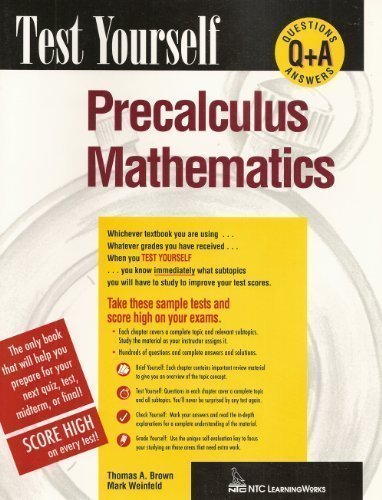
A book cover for Test Yourself Precalculus Mathematics; Thomas A. Brown; Test Preparation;